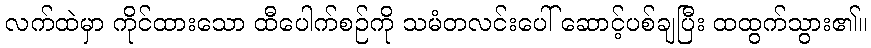
လက်ထဲမှာ ကိုင်ထားသော ထီပေါက်စဉ်ကို သမံတလင်းပေါ် ဆောင့်ပစ်ချပြီး ထထွက်သွား၏။